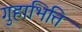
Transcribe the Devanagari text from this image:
गुहाभित्ति